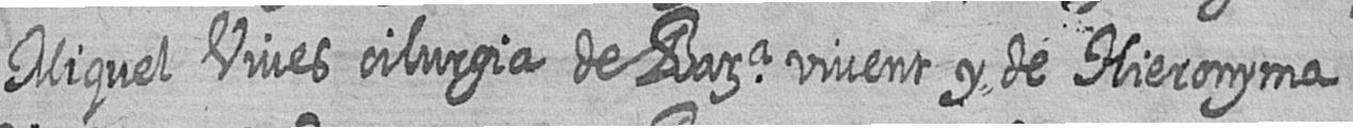
Miquel Vives cilurgia de Bara vivent y de Hieronyma